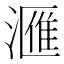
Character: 𣾀